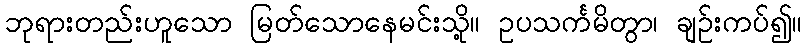
ဘုရားတည်းဟူသော မြတ်သောနေမင်းသို့။ ဥပသင်္ကမိတွာ၊ ချဉ်းကပ်၍။